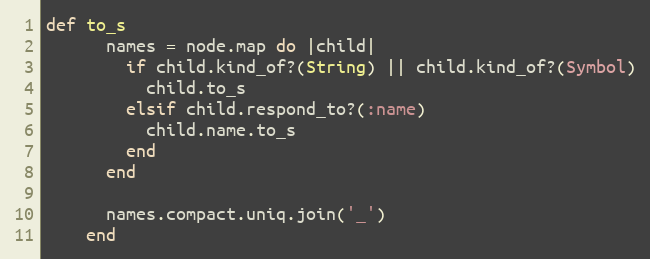
Language: Ruby
def to_s
      names = node.map do |child|
        if child.kind_of?(String) || child.kind_of?(Symbol)
          child.to_s
        elsif child.respond_to?(:name)
          child.name.to_s
        end
      end

      names.compact.uniq.join('_')
    end